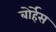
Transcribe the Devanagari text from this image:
बोर्हेस